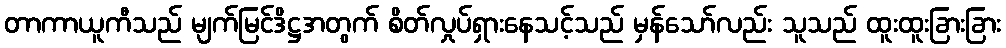
တာကာယူကီသည် မျက်မြင်ဒိဋ္ဌအတွက် စိတ်လှုပ်ရှားနေသင့်သည် မှန်သော်လည်း သူသည် ထူးထူးခြားခြား